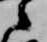
之